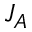
J _ { A }